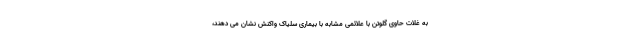
به غلات حاوی گلوتن با علائمی مشابه با بیماری سلیاک واکنش نشان می دهند،